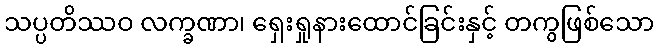
သပ္ပတိဿဝ လက္ခဏာ၊ ရှေးရှုနားထောင်ခြင်းနှင့် တကွဖြစ်သော